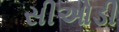
સીઓડી